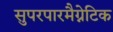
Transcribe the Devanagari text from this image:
सुपरपारमैग्नेटिक